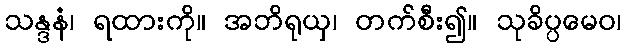
သန္ဒနံ၊ ရထားကို။ အဘိရုယှ၊ တက်စီး၍။ သုခိပ္ပမေဝ၊